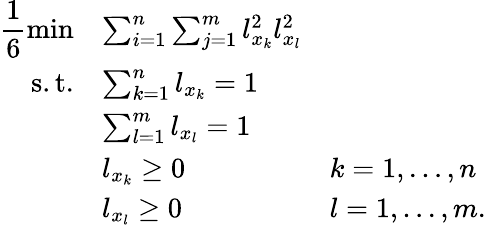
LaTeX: \begin{array}{rll}{\displaystyle\frac 16\operatorname*{min}}&{\sum_{i=1}^{n}\sum_{j=1}^{m}l_{x_{k}}^{2}l_{x_{l}}^{2}}\\ {\mathrm{s.t.}}&{\sum_{k=1}^{n}l_{x_{k}}=1}\\ &{\sum_{l=1}^{m}l_{x_{l}}=1}\\ &{l_{x_{k}}\geq 0}&{k=1,\ldots,n}\\ &{l_{x_{l}}\geq 0}&{l=1,\ldots,m.}\end{array}